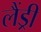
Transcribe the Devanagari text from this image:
लैंड्री